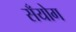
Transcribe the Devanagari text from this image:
सँयोग